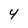
Character: 4